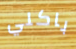
باكلي